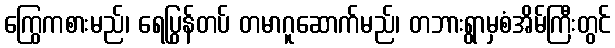
ကြွေကစားမည်၊ ရေပြွန်တပ် တမာဂူဆောက်မည်၊ တဘားရွာမှစံအိမ်ကြီးတွင်